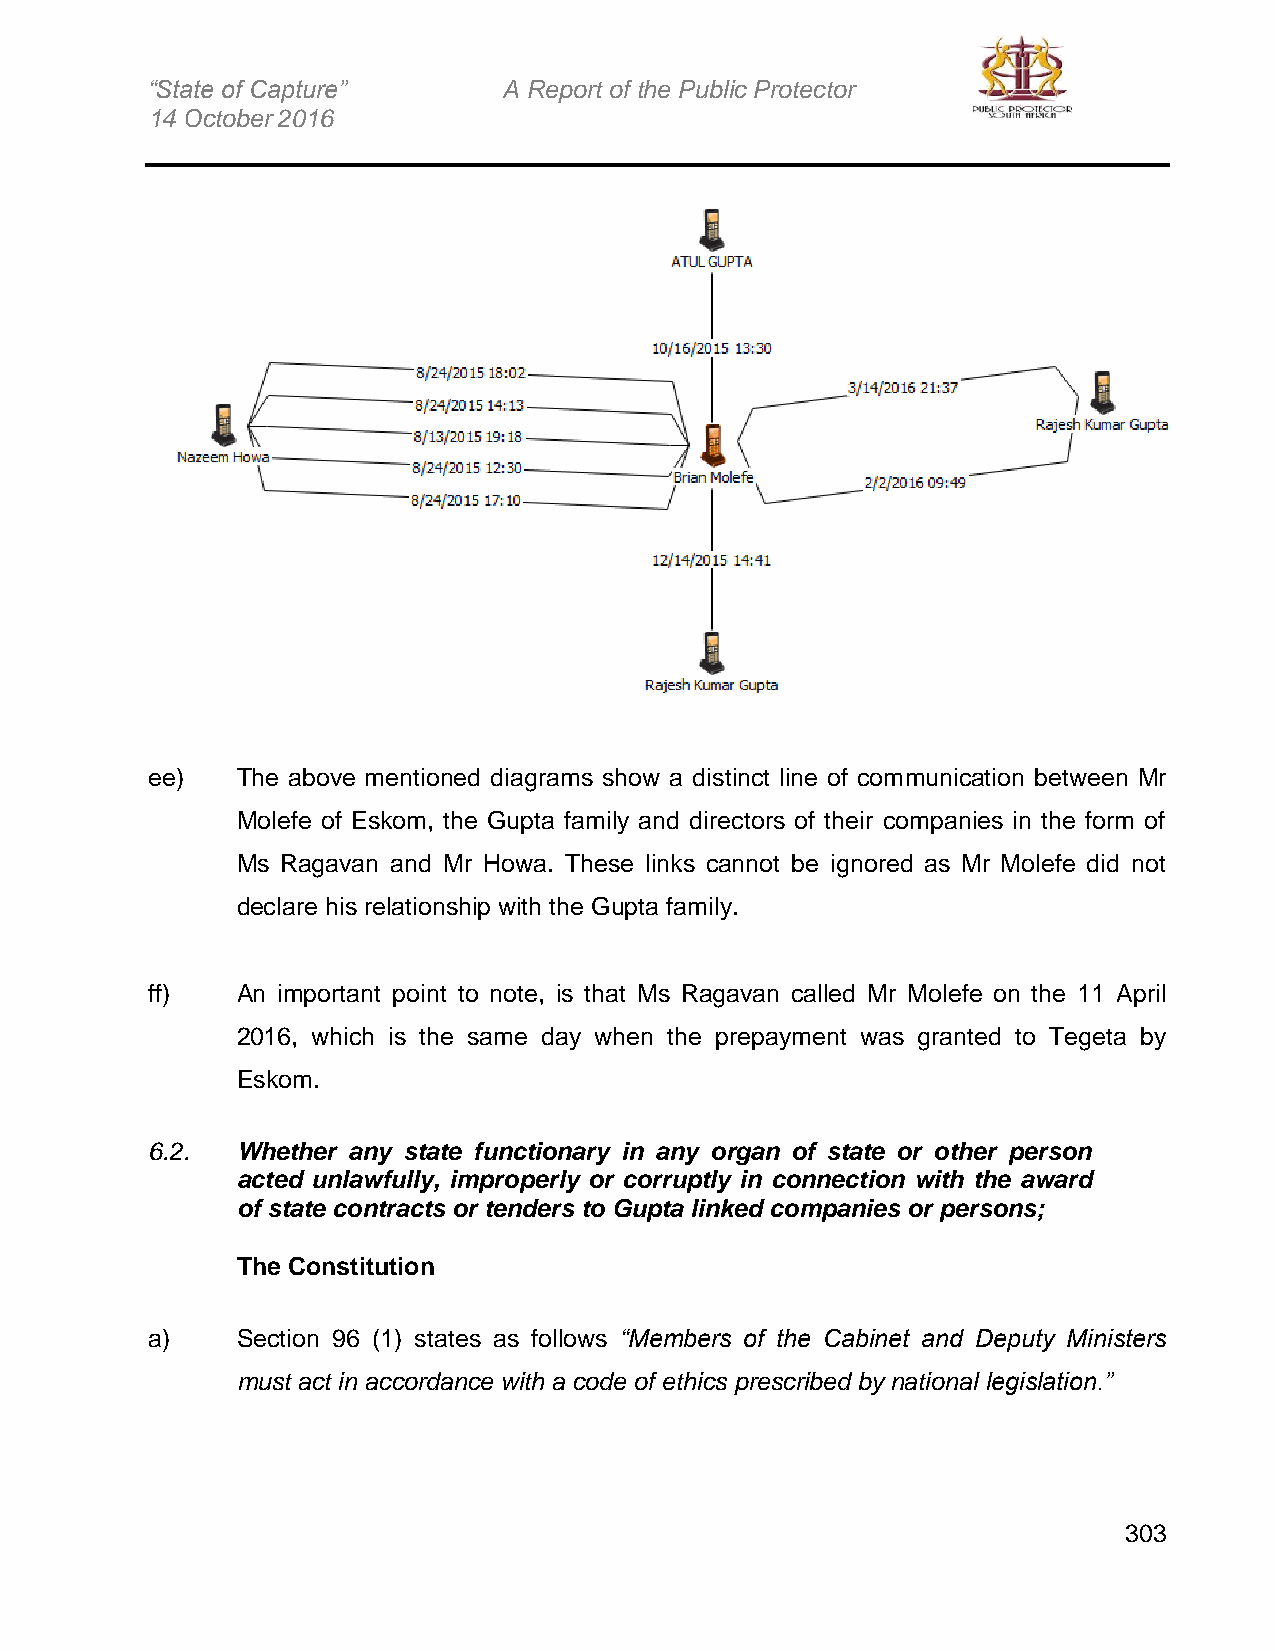
“State of Capture”     A Report of the Public Protector
 14 October 2016
 ee)   The above mentioned diagrams show a distinct line of communication between Mr
 Molefe of Eskom, the Gupta family and directors of their companies in the form of
 Ms Ragavan and Mr Howa. These links cannot be ignored as Mr Molefe did not
 declare his relationship with the Gupta family.
 ff)   An important point to note, is that Ms Ragavan called Mr Molefe on the 11 April
 2016, which is the same day when the prepayment was granted to Tegeta by
 Eskom.
 6.2.  Whether any state functionary in any organ of state or other person
 acted unlawfully, improperly or corruptly in connection with the award
 of state contracts or tenders to Gupta linked companies or persons;
 The Constitution
 a)    Section 96 (1) states as follows “Members of the Cabinet and Deputy Ministers
 must act in accordance with a code of ethics prescribed by national legislation.”
 303